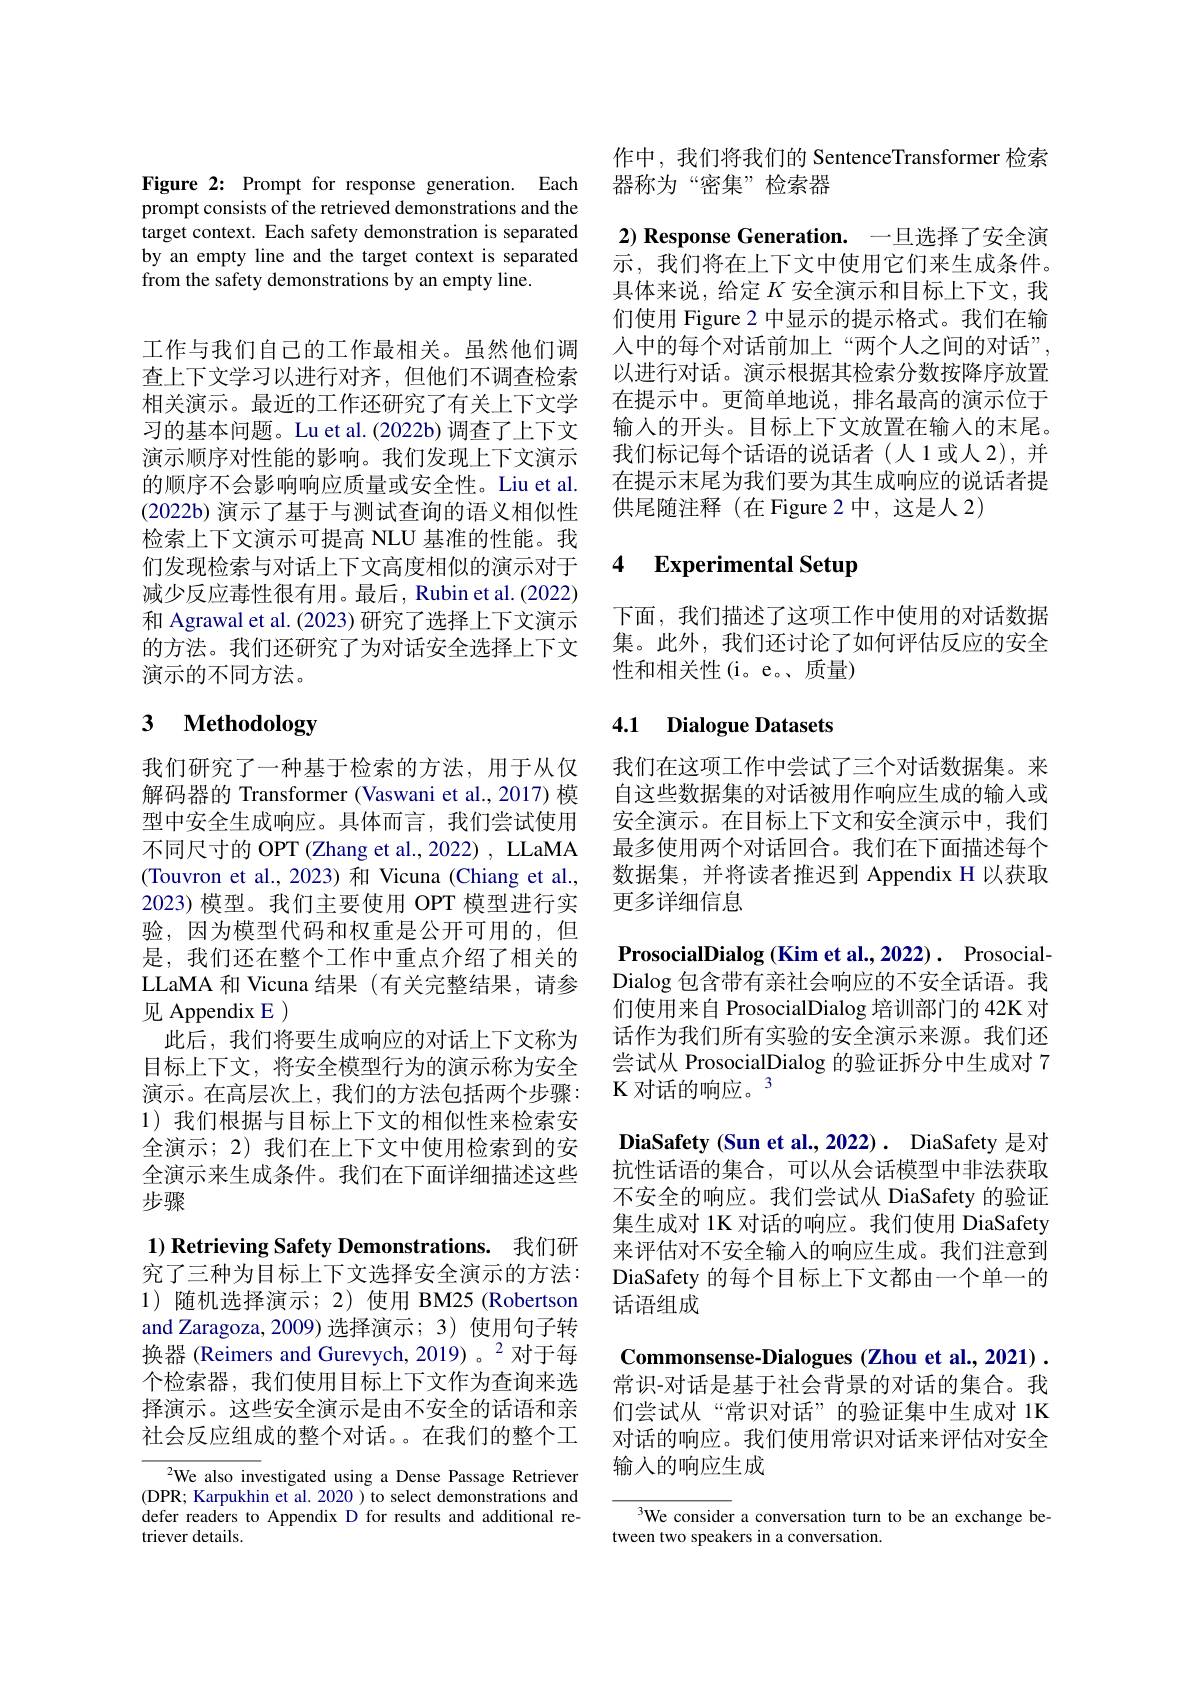
Figure 2: Prompt for response generation. Each prompt consists of the retrieved demonstrations and the target context. Each safety demonstration is separated by an empty line and the target context is separated from the safety demonstrations by an empty line.

工作与我们自己的工作最相关。虽然他们调查上下文学习以进行对齐，但他们不调查检索相关演示。最近的工作还研究了有关上下文学习的基本问题。Lu et al.(2022b)调查了上下文演示顺序对性能的影响。我们发现上下文演示的顺序不会影响响应质量或安全性。Liu et al. $(2022b)$演示了基于与测试查询的语义相似性检索上下文演示可提高 NLU 基准的性能。我们发现检索与对话上下文高度相似的演示对于减少反应毒性很有用。最后，Rubin et al.(2022) 和 Agrawal et al. (2023) 研究了选择上下文演示的方法。我们还研究了为对话安全选择上下文演示的不同方法。

# 3 Methodology

我们研究了一种基于检索的方法，用于从仅解码器的 Transformer (Vaswani et al., 2017) 模型中安全生成响应。具体而言，我们尝试使用不同尺寸的 OPT (Zhang et al., 2022) , LLaMA (Touvron et al.,2023) 和 Vicuna (Chiang et al., 2023) 模型。我们主要使用 OPT 模型进行实验，因为模型代码和权重是公开可用的，但是，我们还在整个工作中重点介绍了相关的LLaMA 和 Vicuna 结果 (有关完整结果，请参见 Appendix E )
此后，我们将要生成响应的对话上下文称为目标上下文，将安全模型行为的演示称为安全演示。在高层次上，我们的方法包括两个步骤： 1) 我们根据与目标上下文的相似性来检索安全演示；2)我们在上下文中使用检索到的安全演示来生成条件。我们在下面详细描述这些步骤

$1) \textbf{ Retrieving Safety Demonstrations. }$我们研究了三种为目标上下文选择安全演示的方法：

1) 随机选择演示；2) 使用 BM25 (Robertson and Zaragoza, 2009)选择演示；3) 使用句子转换器 (Reimers and Gurevych, 2019)。$^{2}$对于每个检索器，我们使用目标上下文作为查询来选择演示。这些安全演示是由不安全的话语和亲社会反应组成的整个对话。在我们的整个工

$^{2}$We also investigated using a Dense Passage Retriever (DPR; Karpukhin et al. 2020 ) to select demonstrations and defer readers to Appendix D for results and additional retriever details.

作中，我们将我们的 SentenceTransformer 检索
器称为“密集”检索器

$2) \textbf{ Response Generation. }$ 一旦选择了安全演示，我们将在上下文中使用它们来生成条件。具体来说，给定$K$安全演示和目标上下文，我们使用 Figure 2 中显示的提示格式。我们在输人中的每个对话前加上“两个人之间的对话”, 以进行对话。演示根据其检索分数按降序放置在提示中。更简单地说，排名最高的演示位于输入的开头。目标上下文放置在输入的末尾。我们标记每个话语的说话者(人1或人2),并在提示末尾为我们要为其生成响应的说话者提供尾随注释(在Figure 2中，这是人 2)

### 4 $\textbf{Experimental Setup}$

下面，我们描述了这项工作中使用的对话数据集。此外，我们还讨论了如何评估反应的安全性和相关性(i。e。质量)

## 4.1 Dialogue Datasets

我们在这项工作中尝试了三个对话数据集。来自这些数据集的对话被用作响应生成的输入或安全演示。在目标上下文和安全演示中，我们最多使用两个对话回合。我们在下面描述每个数据集，并将读者推迟到 Appendix H 以获取更多详细信息

$\textbf{ProsocialDialog( Kim et al. , 2022) . }$ ProsocialDialog 包含带有亲社会响应的不安全话语。我们使用来自 ProsocialDialog 培训部门的 42K 对话作为我们所有实验的安全演示来源。我们还尝试从 ProsocialDialog 的验证拆分中生成对 7 K 对话的响应。3
DiaSafety (Sun et al.,2022) . DiaSafety 是对抗性话语的集合，可以从会话模型中非法获取不安全的响应。我们尝试从 DiaSafety 的验证集生成对 1K 对话的响应。我们使用 DiaSafety 来评估对不安全输入的响应生成。我们注意到DiaSafety 的每个目标上下文都由一个单一的话语组成
Commonsense-Dialogues (Zhou et al., 2021) . 常识-对话是基于社会背景的对话的集合。我们尝试从“常识对话”的验证集中生成对 1K 对话的响应。我们使用常识对话来评估对安全输入的响应生成

We consider a conversation turn to be an exchange be-
tween two speakers in a conversation.